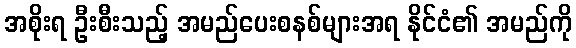
အစိုးရ ဦးစီးသည့် အမည်ပေးစနစ်များအရ နိုင်ငံ၏ အမည်ကို